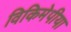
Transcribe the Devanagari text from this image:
विकिमेपीया